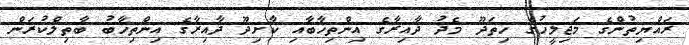
ރައްޔިތުންގެ މަޖިލީހުގެ ހިތަދޫ މެދު ދާއިރާގެ އިންތިޚާބާއި ކާށިދޫ ދާއިރާގެ އިންތިޚާބު ބާތިލްކުރަން